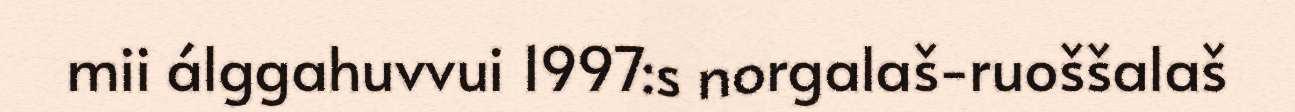
mii álggahuvvui 1997:s norgalaš-ruoššalaš